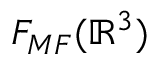
{ \cal F } _ { M F } ( \mathbb { R } ^ { 3 } )